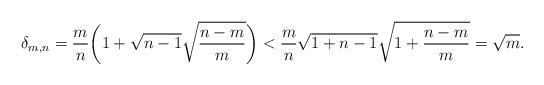
LaTeX: \begin{align*}\delta_{m,n} & = \frac{m}{n} \bigg( 1 + \sqrt{n-1} \sqrt{\frac{n-m}{m}} \bigg)< \frac{m}{n} \sqrt{1+n-1} \sqrt{ 1+ \frac{n-m}{m} }= \sqrt{m}.\end{align*}